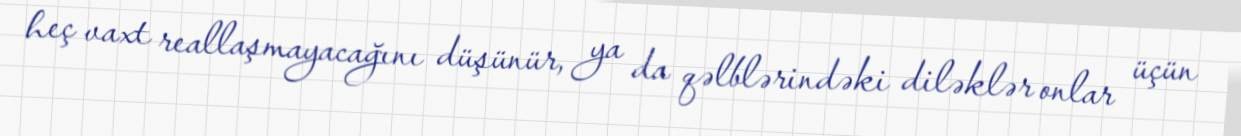
heç vaxt reallaşmayacağını düşünür, ya da qəlblərindəki diləklər onlar üçün